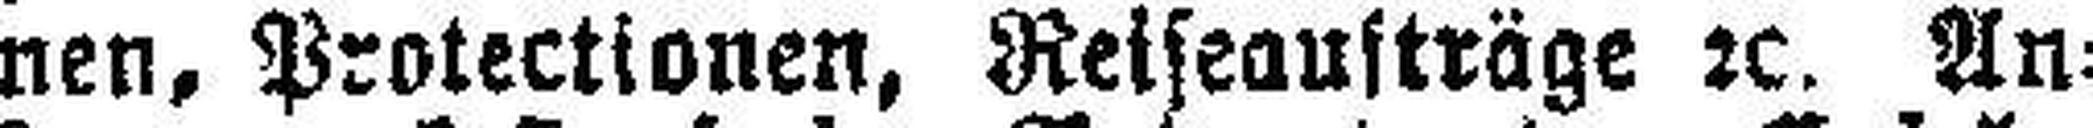
nen, Protectionen, Reiseausträge 2c. An¬